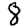
Digit: 8